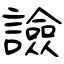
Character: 譣